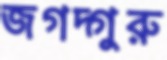
জগদ্গুরু